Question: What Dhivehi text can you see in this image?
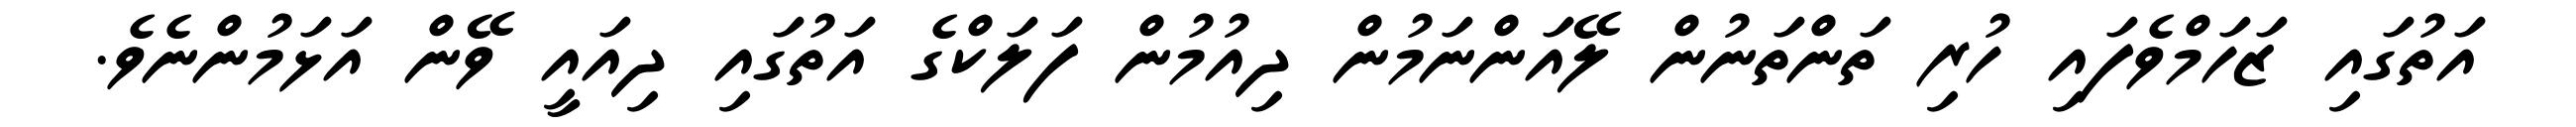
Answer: އަތުގައި ޒަހަމްވެފައި ހުރި ތަންތަނުން ލޭއަންނަމުން ދިއުމުން ފަލަކްގެ އަތުގައި ދިއައީ ވޭން އަޅަމުންނެވެ.